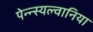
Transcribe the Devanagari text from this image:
पेन्न्स्यल्वानिया